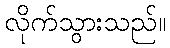
လိုက်သွားသည်။